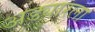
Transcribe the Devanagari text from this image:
अड्यारला